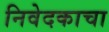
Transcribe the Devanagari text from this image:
निवेदकाचा